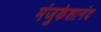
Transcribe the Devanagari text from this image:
मंजुकेशानंद